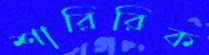
শারিরিক